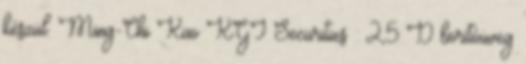
készül. Ming-Chi Kuo KGI Securities : 2,5 D borítóüveg